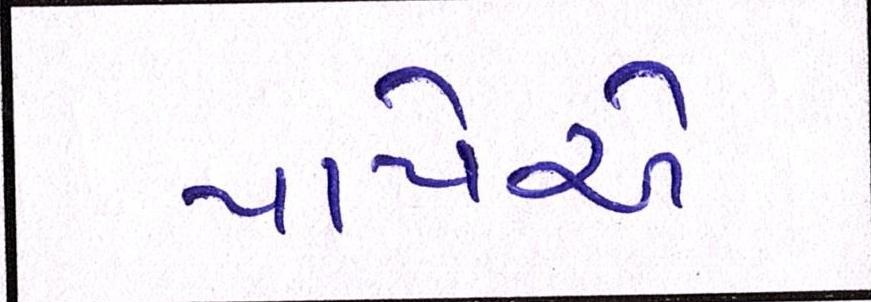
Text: પાયેએ